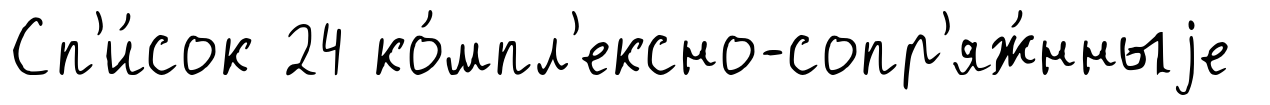
Сп'и́сок 24 ко́мпл'ексно-сопр'яж́нныjе